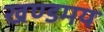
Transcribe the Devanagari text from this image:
खण्डमय